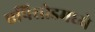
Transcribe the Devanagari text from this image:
एपिसोडमध्ये